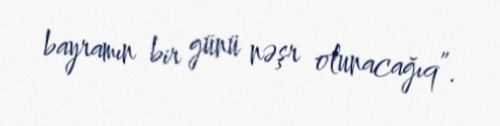
bayramın bir günü nəşr olunacağıq”.